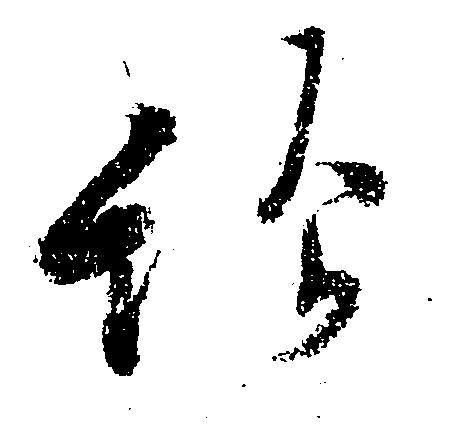
給